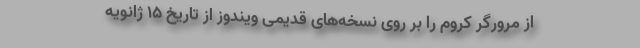
از مرورگر کروم را بر روی نسخه‌های قدیمی ویندوز از تاریخ ۱۵ ژانویه